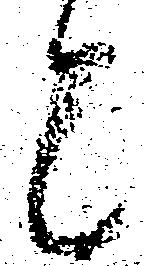
と